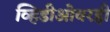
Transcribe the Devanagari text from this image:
व्हिडीओवरही